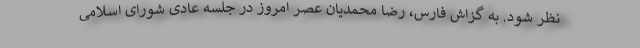
نظر شود. به گزاش فارس، رضا محمدیان عصر امروز در جلسه عادی شورای اسلامی